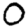
Digit: 0